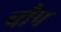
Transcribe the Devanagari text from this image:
चौप